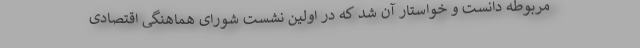
مربوطه دانست و خواستار آن شد که در اولین نشست شورای هماهنگی اقتصادی